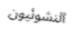
النشوئيون